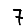
Digit: 7